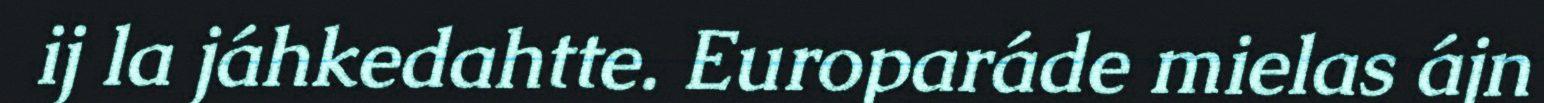
ij la jáhkedahtte. Europaráde mielas ájn